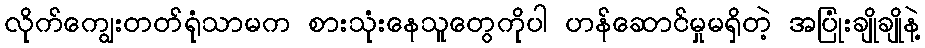
လိုက်ကျွေးတတ်ရုံသာမက စားသုံးနေသူတွေကိုပါ ဟန်ဆောင်မှုမရှိတဲ့ အပြုံးချိုချိုနဲ့